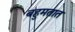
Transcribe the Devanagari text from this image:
बहुमतात